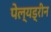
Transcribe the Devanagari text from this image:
पेल्यड्रीन